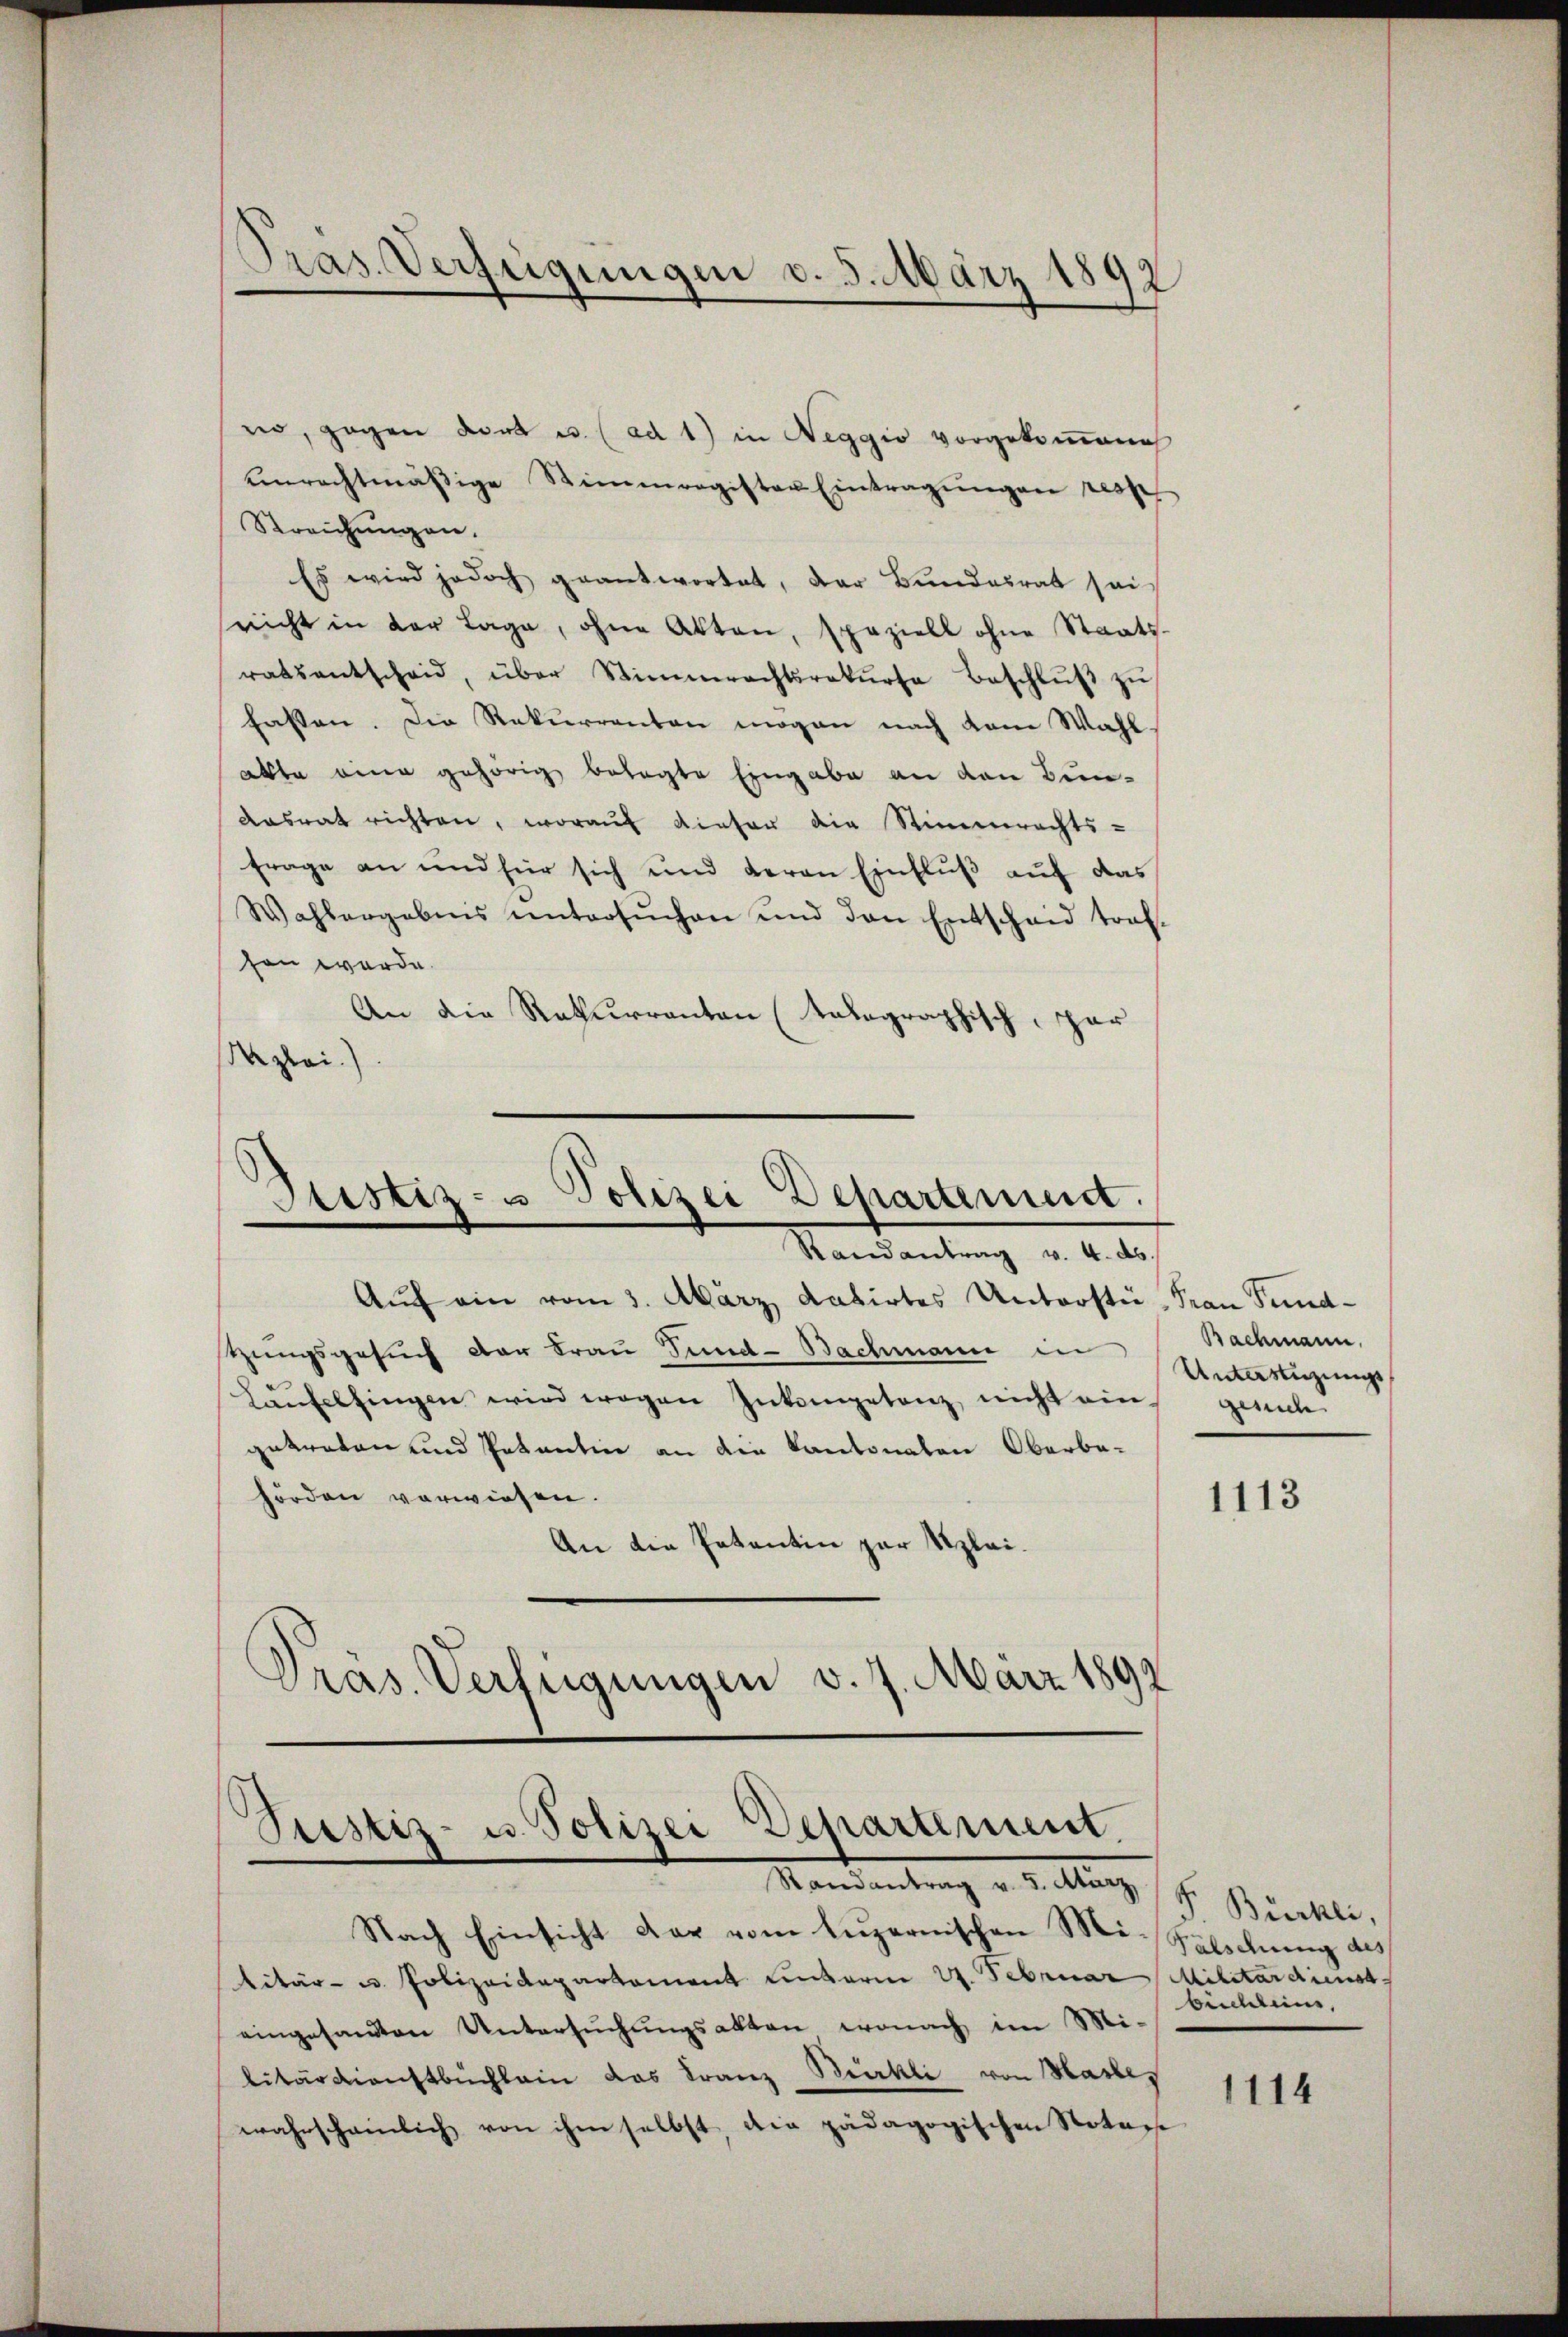
Pras Verfügungen v. 5. März 1892

er, gegen dort u. (ad 1) in Neggio vorgekommene
unrechtmäßige Stimmregister Eintragungen resp
Streichungen.
Es wird jedoch geantwortet, der Bundesrat seisricht in der Lage, ohne Akten, speziell ohne Staats-
ratsantscheid, über Stimmrechtsrekŭrsa Beschlŭβ zŭ
fasten. Die Rekurrenten mögen nach dem Wahl
alte eine gehörig belegte Eingabe an den Bun-
Aasrat richten, worauf dieser die Stimmrechts-
frage an und für sich und deren Einfluß auf das
Wahlergebnis untersŭchen und den Entscheid traf-
sen werde.
An die Rekurrenten (talographisch, zu
u
Kzlai.)

Justiz- u Polizei Departemen.
Randantrag v. 4. ds.

Prestiz- u. Polizei Departement.
Randantrag v. 5. März,

Auch ein vom 3. März datirtes Unterste Frau Pundtzungsgesuch der Frau Sund-Bachmann in Bachmann.
Laufelsingen wird wegen Inkompetenz, nicht ein-
getreten und Petentine an die Kantonalen Oberba-
hörden verwiesen.
An die Petentin zur Klei¬
Pras. Verfügungen v. 7. März 1892

Nach Einsicht der vom luzernischen Mi-Falschung des
Vitär- u. Polizeidepartament unterm 27. Februar Militardienst
eingesandten Untersŭchŭngsakten, wonach im Mi-
litärdienstbuchlein das Franz Bürkli von Hasles
wahrscheinlich von ihm selbst, die pädagogischen Notars

Unterstüzungs
gesuch

1113

F. Bürkli,
bichlein,

1114